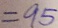
= 9 5